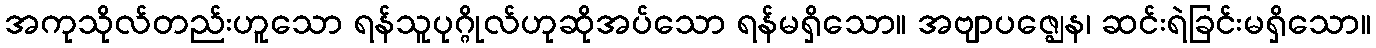
အကုသိုလ်တည်းဟူသော ရန်သူပုဂ္ဂိုလ်ဟုဆိုအပ်သော ရန်မရှိသော။ အဗျာပဇ္ဈေန၊ ဆင်းရဲခြင်းမရှိသော။